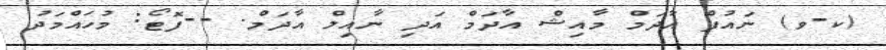
(ކ-ވ) ނައުފް އާދަމް މާއިޝް އާދަމް އަދި ނާއިލް އާދަމް. --ފޮޓޯ: މުހައްމަދު